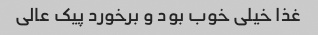
غذا خیلی خوب بود و برخورد پیک عالی